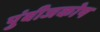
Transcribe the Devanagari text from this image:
पुंबीजकोष